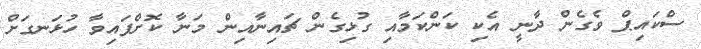
ސްކައިޕް ވެގެން ދާނީ އެކި ކަންކަމާއި ގުޅިގެން ޗައިނާއިން މަނާ ކޮށްފައިވާ ހުޅަނގަށް